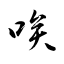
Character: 唉